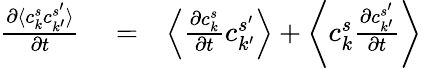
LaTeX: \begin{array}{rlr}{\frac{\partial\langle c_{k}^{s}c_{k^{\prime}}^{s^{\prime}}\rangle}{\partial t}}&{{}=}&{\left\langle\frac{\partial c_{k}^{s}}{\partial t}c_{k^{\prime}}^{s^{\prime}}\right\rangle+\left\langle c_{k}^{s}\frac{\partial c_{k^{\prime}}^{s^{\prime}}}{\partial t}\right\rangle}\end{array}